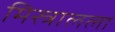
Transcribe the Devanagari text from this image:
मिस्त्रालला